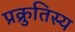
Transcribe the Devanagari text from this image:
प्रक्रुतिस्य